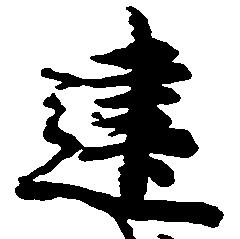
建